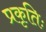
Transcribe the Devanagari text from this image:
प्रकृतिः